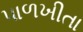
પાળખીતા